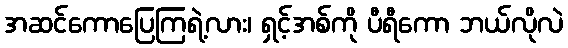
အဆင်ကောပြေကြရဲ့လား၊ ရှင့်အစ်ကို ပီရီကော ဘယ်လိုလဲ